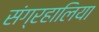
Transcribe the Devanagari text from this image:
संग्रहालिया